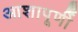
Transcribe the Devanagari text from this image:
आशापूर्णी